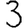
Digit: 3